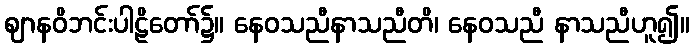
ဈာနဝိဘင်းပါဠိတော်၌။ နေဝသညီနာသညီတိ၊ နေဝသညီ နာသညီဟူ၍။